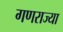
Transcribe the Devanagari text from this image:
गणराज्या